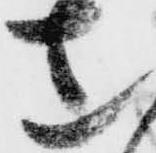
こ